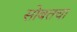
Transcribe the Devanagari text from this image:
सोबतचा